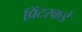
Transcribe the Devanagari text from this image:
प्रिंटरकडे